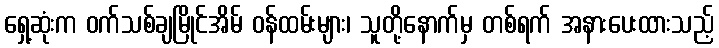
ရှေ့ဆုံးက ဝက်သစ်ချမြိုင်အိမ် ဝန်ထမ်းများ၊ သူတို့နောက်မှ တစ်ရက် အနားပေးထားသည့်